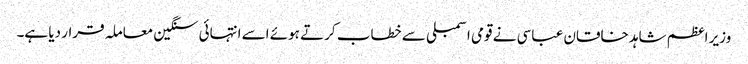
وزیر اعظم شاہد خاقان عباسی نے قومی اسمبلی سے خطاب کرتے ہوئے اسے انتہائی سنگین معاملہ قرار دیا ہے۔